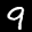
Label: 9